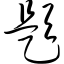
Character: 题